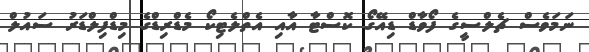
ނަމަވެސް ޗެލްސީގެ ފޯވާޑް ޑިއޭގޯ ކޮސްޓާ އާއި އެތްލެޓިކޯ މެޑްރިޑްގެ މިޑްފިލްޑަރު ސައުލް